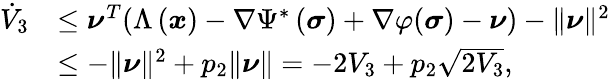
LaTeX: \begin{array}{rl}{\dot{V}_{3}}&{\leq\boldsymbol{\nu}^{T}(\Lambda\left(\boldsymbol{x}\right)-\nabla\Psi^{*}\left(\boldsymbol{\sigma}\right)+\nabla\varphi(\boldsymbol{\sigma})-\boldsymbol{\nu})-\| \boldsymbol{\nu}\| ^{2}}\\ &{\leq-\| \boldsymbol{\nu}\| ^{2}+p_{2}\| \boldsymbol{\nu}\| =-2V_{3}+p_{2}\sqrt{2V_{3}},}\end{array}